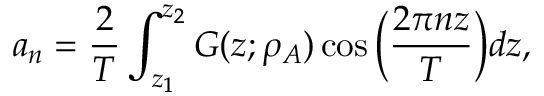
a _ { n } = \frac { 2 } { T } \int _ { z _ { 1 } } ^ { z _ { 2 } } G ( z ; \rho _ { A } ) \cos { \bigg ( \frac { 2 \pi n z } { T } \bigg ) } d z ,